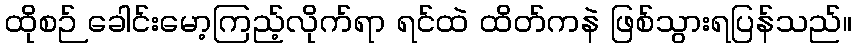
ထိုစဉ် ခေါင်းမော့ကြည့်လိုက်ရာ ရင်ထဲ ထိတ်ကနဲ ဖြစ်သွားရပြန်သည်။